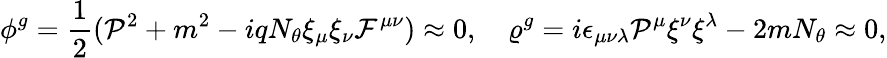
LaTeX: \phi^{g}=\frac{1}{2}({\cal P}^{2}+m^{2}-iqN_{\theta}\xi_{\mu}\xi_{\nu}{\cal F}^{\mu\nu})\approx 0,\quad\varrho^{g}=i\epsilon_{\mu\nu\lambda}{\cal P}^{\mu}\xi^{\nu}\xi^{\lambda}-2mN_{\theta}\approx 0,